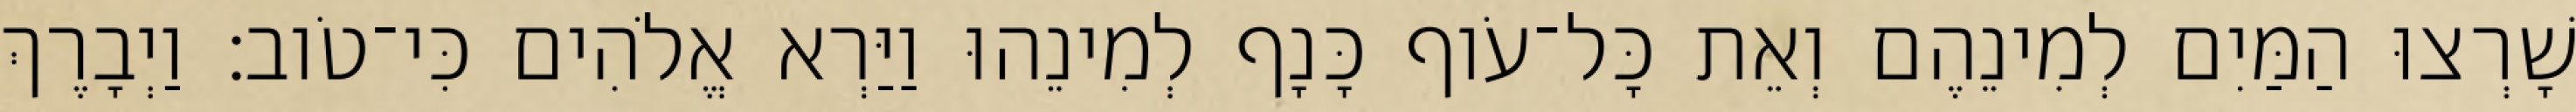
שָׁרְצוּ הַמַּיִם לְמִינֵהֶם וְאֵת כָּל־עֹוף כָּנָף לְמִינֵהוּ וַיַּרְא אֱלֹהִים כִּי־טֹוב׃ וַיְבָרֶךְ